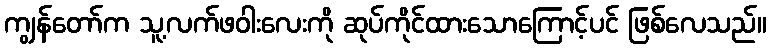
ကျွန်တော်က သူ့လက်ဖဝါးလေးကို ဆုပ်ကိုင်ထားသောကြောင့်ပင် ဖြစ်လေသည်။